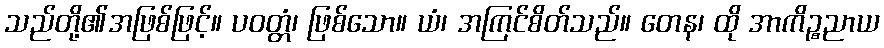
သည်တို့၏အဖြစ်ဖြင့်။ ပဝတ္တံ၊ ဖြစ်သော။ ယံ၊ အကြင်စိတ်သည်။ တေန၊ ထို အာကိဉ္စညာယ